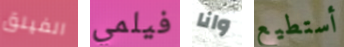
الفيلق فيلمي وانا أستطيع